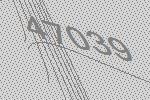
47039